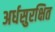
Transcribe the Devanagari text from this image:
अर्धसुरक्षित